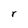
Character: l